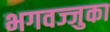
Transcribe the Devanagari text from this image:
भगवज्जुका